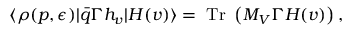
\langle \rho ( p , \epsilon ) | \bar { q } \Gamma h _ { v } | H ( v ) \rangle = \mathrm { ~ T r ~ } \left( { \cal M } _ { V } \Gamma H ( v ) \right) ,